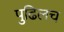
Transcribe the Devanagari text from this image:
पुढिलच